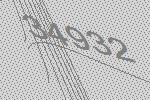
34932